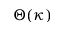
\Theta ( \kappa )